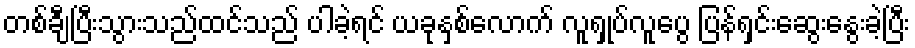
တစ်ချီပြီးသွားသည်ထင်သည် ပါခဲ့ရင် ယခုနှစ်လောက် လူရှုပ်လူပွေ ပြန်ရှင်းဆွေးနွေးခဲ့ပြီး